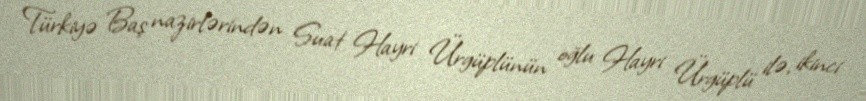
Türkiyə Baş nazirlərindən Suat Hayri Ürgüplünün oğlu Hayri Ürgüplü ilə, ikinci